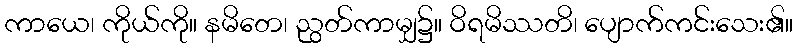
ကာယေ၊ ကိုယ်ကို။ နမိတေ၊ ညွတ်ကာမျှ၌။ ဝိရမိဿတိ၊ ပျောက်ကင်းသေး၏။